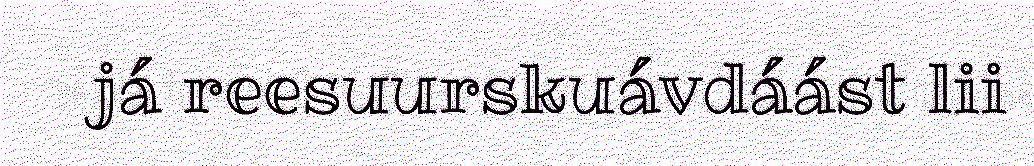
já reesuurskuávdáást lii